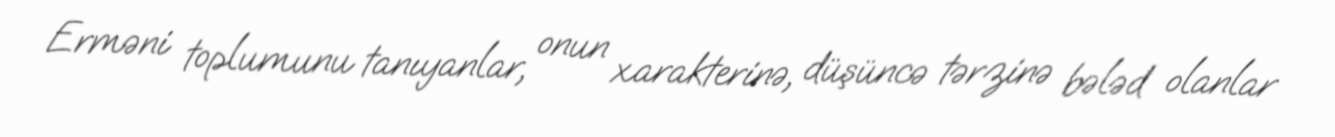
Erməni toplumunu tanıyanlar, onun xarakterinə, düşüncə tərzinə bələd olanlar